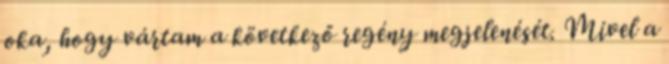
oka, hogy vártam a következő regény megjelenését. Mivel a